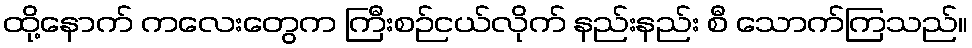
ထို့နောက် ကလေးတွေက ကြီးစဉ်ငယ်လိုက် နည်းနည်း စီ သောက်ကြသည်။